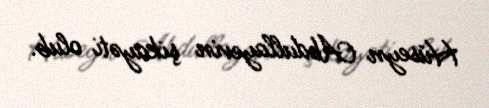
Hüseyn Abdullayevin şikayəti olub.